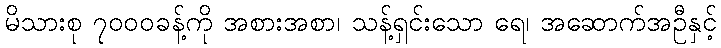
မိသားစု ၇၀၀၀ခန့်ကို အစားအစာ၊ သန့်ရှင်းသော ရေ၊ အဆောက်အဦနှင့်